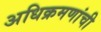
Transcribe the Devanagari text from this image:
अधिक्रमणांची